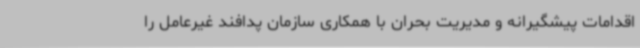
اقدامات پیشگیرانه و مدیریت بحران با همکاری سازمان پدافند غیرعامل را